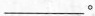
___。